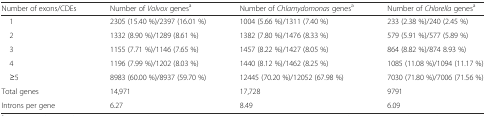
<table><thead><tr><td><b>Number of exons/CDEs</b></td><td><b>Number of <i>Volvox</i> genes<sup>a</sup></b></td><td><b>Number of <i>Chlamydomonas</i> genes<sup>a</sup></b></td><td><b>Number of <i>Chlorella</i> genes<sup>a</sup></b></td></tr></thead><tbody><tr><td> 1</td><td>2305 (15.40 %)/2397 (16.01 %)</td><td>1004 (5.66 %)/1311 (7.40 %)</td><td>233 (2.38 %)/240 (2.45 %)</td></tr><tr><td> 2</td><td>1332 (8.90 %)/1289 (8.61 %)</td><td>1382 (7.80 %)/1476 (8.33 %)</td><td>579 (5.91 %)/577 (5.89 %)</td></tr><tr><td> 3</td><td>1155 (7.71 %)/1146 (7.65 %)</td><td>1457 (8.22 %)/1427 (8.05 %)</td><td>864 (8.82 %)/874 8.93 %)</td></tr><tr><td> 4</td><td>1196 (7.99 %)/1202 (8.03 %)</td><td>1440 (8.12 %)/1462 (8.25 %)</td><td>1085 (11.08 %)/1094 (11.17 %)</td></tr><tr><td> ≥5</td><td>8983 (60.00 %)/8937 (59.70 %)</td><td>12445 (70.20 %)/12052 (67.98 %)</td><td>7030 (71.80 %)/7006 (71.56 %)</td></tr><tr><td>Total genes</td><td>14,971</td><td>17,728</td><td>9791</td></tr><tr><td>Introns per gene</td><td>6.27</td><td>8.49</td><td>6.09</td></tr></tbody></table>